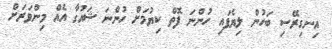
އިނގިރޭސި ބަހުން ލިޔެފައި ހުންނަ ފޮތް ކިޔުމަށް ހުންނަ ޝައުގާ އެއް މިންވަރަށް